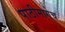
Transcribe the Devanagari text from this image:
पाठीमागेच